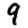
Digit: 9